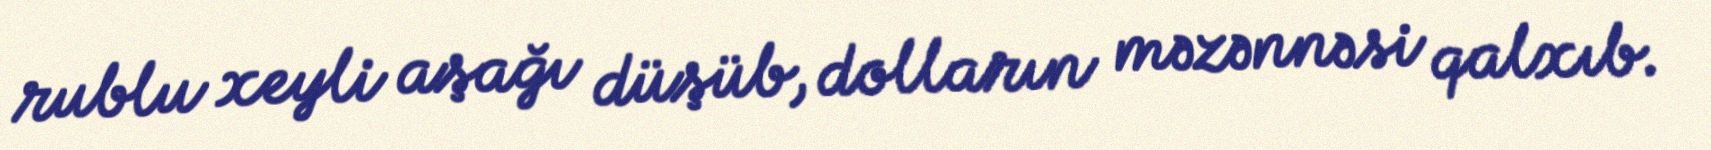
rublu xeyli aşağı düşüb, dolların məzənnəsi qalxıb.